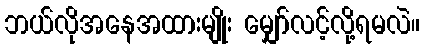
ဘယ်လိုအနေအထားမျိုး မျှော်လင့်လို့ရမလဲ။